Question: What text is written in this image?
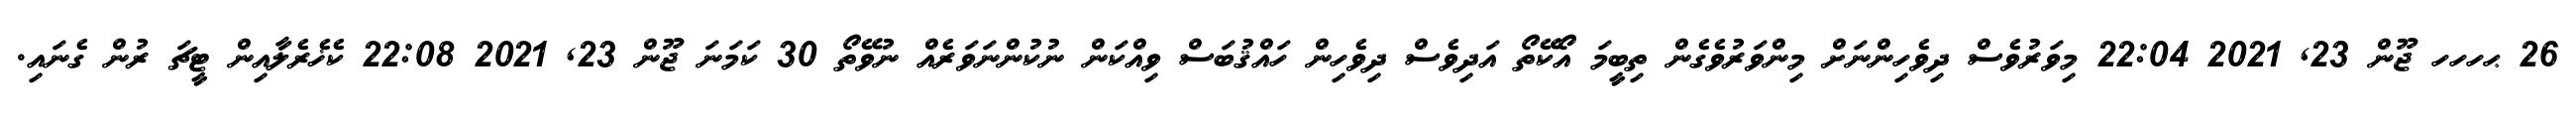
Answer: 26 ޙހހހ ޖޫން 23, 2021 22:04 މިވަރުވެސް ދިވެހިންނަށް މިންވަރުވެގެން ތިބީމަ އޯކޭތޯ އަދިވެސް ދިވެހިން ހައްޤުބަސް ވިއްކަން ނުކުންނަވަރެއް ނުވޭތޯ 30 ކަމަނަ ޖޫން 23, 2021 22:08 ކެޚެރެލާއިން ޓީޗަ ރުން ގެނައި.